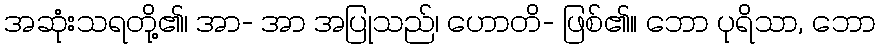
အဆုံးသရတို့၏၊ အာ- အာ အပြုသည်၊ ဟောတိ- ဖြစ်၏။ ဘော ပုရိသာ, ဘော